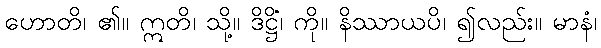
ဟောတိ၊ ၏။ ဣတိ၊ သို့။ ဒိဋ္ဌိံ၊ ကို။ နိဿာယပိ၊ ၍လည်း။ မာနံ၊